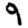
Digit: 9